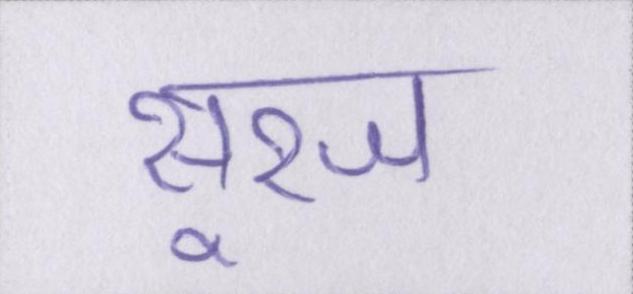
सूरज